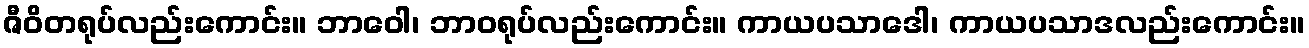
ဇီဝိတရုပ်လည်းကောင်း။ ဘာဝေါ၊ ဘာဝရုပ်လည်းကောင်း။ ကာယပသာဒေါ၊ ကာယပသာဒလည်းကောင်း။